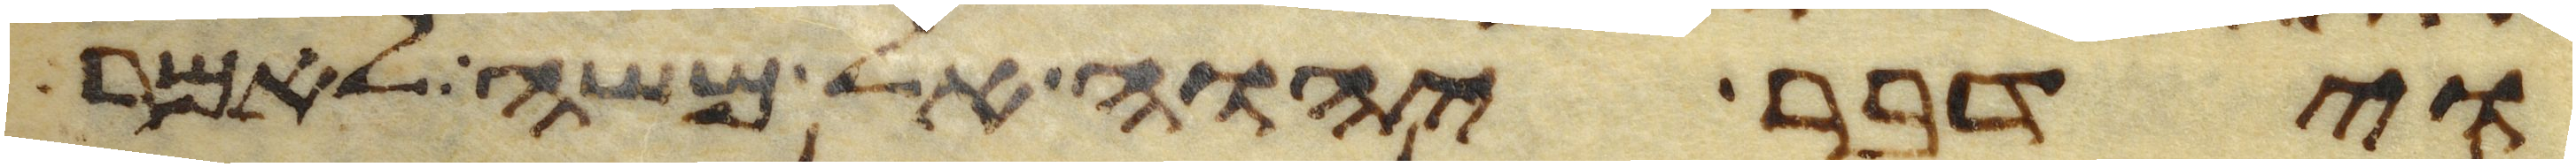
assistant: וידבר יהוה אל משה לאמר